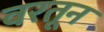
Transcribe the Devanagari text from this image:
वरतून